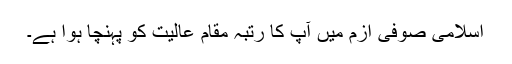
اسلامی صوفی ازم میں آپ کا رتبہ مقام عالیت کو پہنچا ہوا ہے۔